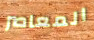
المعاصر